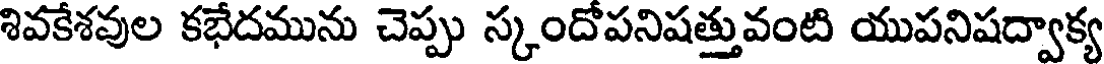
శివకేశవుల కభేదమును చెప్పు స్కందోపనిషత్తువంటి యుపనిషద్వాక్య